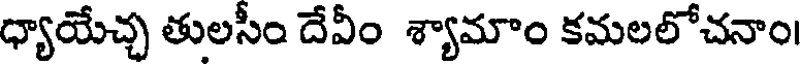
ధ్యాయేచ్చ తులసీం దేవీం శ్యామాం కమలలోచనాం।